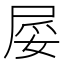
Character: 𱚺